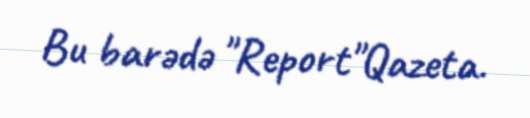
Bu barədə "Report"Qazeta.